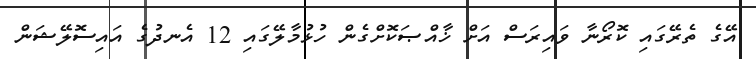
އޭގެ ތެރޭގައި ކޮރޯނާ ވައިރަސް އަށް ޚާއްޞަކޮށްގެން ހުޅުމާލޭގައި 12 އެނދުގެ އައިސޮލޭޝަން